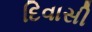
દિવાસી